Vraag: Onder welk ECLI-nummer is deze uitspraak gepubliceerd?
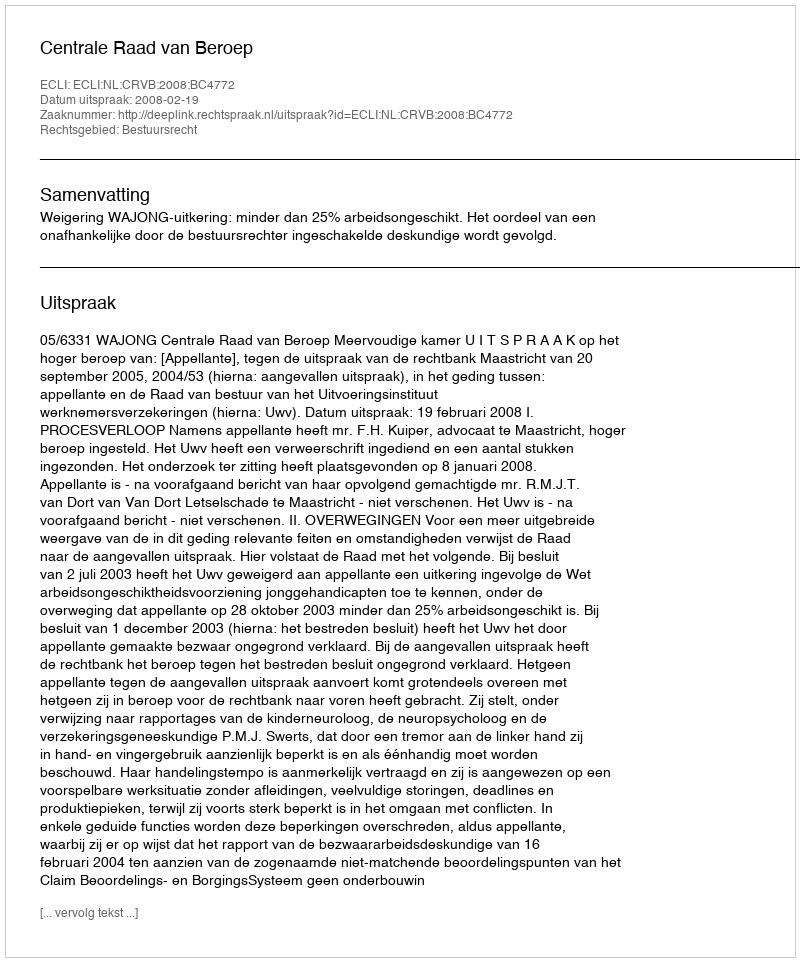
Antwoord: ECLI:NL:CRVB:2008:BC4772